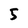
Character: 5